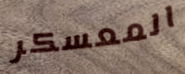
المعسكر